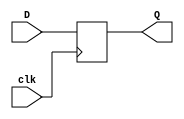
module dff (clk,Q,D);

 output Q;
 input D;
 input clk;
 reg Q=0;

 always @(posedge clk)
 begin
     Q = D;
 end
endmodule

module s386(GND,VDD,CK,v0,v1,v13_D_10,v13_D_11,v13_D_12,v13_D_6,v13_D_7,
  v13_D_8,v13_D_9,v2,v3,v4,v5,v6);
input GND,VDD,CK,v6,v5,v4,v3,v2,v1,v0;
output v13_D_12,v13_D_11,v13_D_10,v13_D_9,v13_D_8,v13_D_7,v13_D_6;

  wire v12,v13_D_5,v11,v13_D_4,v10,v13_D_3,v9,v13_D_2,v8,v13_D_1,v7,v13_D_0,
    v3bar,v6bar,v5bar,B35Bbar,B35B,B14Bbar,B14B,B34Bbar,B34B,v4bar,v11bar,
    v8bar,v7bar,v12bar,v0bar,v10bar,v9bar,v1bar,II198,Lv13_D_12,II201,
    Lv13_D_11,II204,Lv13_D_10,II207,Lv13_D_9,II210,Lv13_D_8,II213,Lv13_D_7,
    II216,Lv13_D_6,II219,Lv13_D_5,II222,Lv13_D_4,II225,Lv13_D_3,II228,Lv13_D_2,
    II231,Lv13_D_1,II234,Lv13_D_0,II64,II65,IIII114,IIII113,IIII111,IIII109,
    IIII108,IIII106,IIII105,IIII103,IIII102,IIII100,IIII98,IIII96,II89,IIII94,
    IIII93,IIII91,IIII90,II97,II98,IIII87,II104,IIII85,IIII84,IIII79,IIII77,
    IIII76,IIII74,IIII73,IIII71,IIII69,II124,B40B,IIII66,IIII65,IIII63,IIII62,
    B23B,IIII60,B42B,IIII59,B43B,IIII57,B32B,IIII56,IIII54,IIII53,B27B,IIII51,
    IIII50,B21B,IIII48,IIII47,II148,B38B,IIII44,B29B,IIII43,B30B,IIII41,B17B,
    IIII40,B16B,IIII39,II158,B39B,IIII36,B25B,B26B,IIII35,B28B,II164,B15B,
    II167,B33B,IIII31,B36B,II171,IIII30,II175,IIII28,IIII27,B44B,IIII25,B22B,
    IIII24,B24B,IIII22,B18B,IIII21,B19B,II186,B31B,IIII18,B41B,IIII17,B45B,
    II192,B37B,II195,B20B;

  dff DFF_0(CK,v12,v13_D_5);
  dff DFF_1(CK,v11,v13_D_4);
  dff DFF_2(CK,v10,v13_D_3);
  dff DFF_3(CK,v9,v13_D_2);
  dff DFF_4(CK,v8,v13_D_1);
  dff DFF_5(CK,v7,v13_D_0);
  not NOT_0(v3bar,v3);
  not NOT_1(v6bar,v6);
  not NOT_2(v5bar,v5);
  not NOT_3(B35Bbar,B35B);
  not NOT_4(B14Bbar,B14B);
  not NOT_5(B34Bbar,B34B);
  not NOT_6(v4bar,v4);
  not NOT_7(v11bar,v11);
  not NOT_8(v8bar,v8);
  not NOT_9(v7bar,v7);
  not NOT_10(v12bar,v12);
  not NOT_11(v0bar,v0);
  not NOT_12(v10bar,v10);
  not NOT_13(v9bar,v9);
  not NOT_14(v1bar,v1);
  not NOT_15(II198,Lv13_D_12);
  not NOT_16(v13_D_12,II198);
  not NOT_17(II201,Lv13_D_11);
  not NOT_18(v13_D_11,II201);
  not NOT_19(II204,Lv13_D_10);
  not NOT_20(v13_D_10,II204);
  not NOT_21(II207,Lv13_D_9);
  not NOT_22(v13_D_9,II207);
  not NOT_23(II210,Lv13_D_8);
  not NOT_24(v13_D_8,II210);
  not NOT_25(II213,Lv13_D_7);
  not NOT_26(v13_D_7,II213);
  not NOT_27(II216,Lv13_D_6);
  not NOT_28(v13_D_6,II216);
  not NOT_29(II219,Lv13_D_5);
  not NOT_30(v13_D_5,II219);
  not NOT_31(II222,Lv13_D_4);
  not NOT_32(v13_D_4,II222);
  not NOT_33(II225,Lv13_D_3);
  not NOT_34(v13_D_3,II225);
  not NOT_35(II228,Lv13_D_2);
  not NOT_36(v13_D_2,II228);
  not NOT_37(II231,Lv13_D_1);
  not NOT_38(v13_D_1,II231);
  not NOT_39(II234,Lv13_D_0);
  not NOT_40(v13_D_0,II234);
  and AND4_0(II64,v0bar,v5,v7bar,v8bar);
  and AND4_1(II65,v9,v10,v11bar,v12bar);
  and AND2_0(Lv13_D_12,II64,II65);
  and AND2_1(IIII114,v9bar,v12bar);
  and AND2_2(IIII113,v7bar,v8bar);
  and AND2_3(IIII111,v7bar,v8bar);
  and AND3_0(IIII109,v3bar,v4bar,v11bar);
  and AND2_4(IIII108,v7,v11);
  and AND4_2(IIII106,v5bar,v7bar,v11,v12);
  and AND3_1(IIII105,v2,v11bar,v12bar);
  and AND3_2(IIII103,v8,v11,v12bar);
  and AND3_3(IIII102,v8bar,v11bar,v12);
  and AND2_5(IIII100,v2,v8bar);
  and AND2_6(IIII98,v0,v5);
  and AND2_7(IIII96,v1,v9bar);
  and AND3_4(II89,v5bar,v7bar,v8bar);
  and AND3_5(IIII94,v10,v11bar,II89);
  and AND2_8(IIII93,v9bar,v10bar);
  and AND3_6(IIII91,v0,v11bar,v12bar);
  and AND2_9(IIII90,v9bar,v10bar);
  and AND4_3(II97,v0,v6bar,v7bar,v8bar);
  and AND4_4(II98,v9bar,v10,v11bar,v12bar);
  and AND2_10(Lv13_D_8,II97,II98);
  and AND4_5(IIII87,v5bar,v9,v11bar,v12bar);
  and AND3_7(II104,v2,v3,v8);
  and AND3_8(IIII85,v11bar,v12bar,II104);
  and AND3_9(IIII84,v8bar,v11,v12);
  and AND2_11(IIII79,v11bar,v12bar);
  and AND3_10(IIII77,v0,v8bar,v10);
  and AND4_6(IIII76,v1bar,v4,v10bar,B34Bbar);
  and AND3_11(IIII74,v7,v8bar,v11);
  and AND3_12(IIII73,v4bar,v11bar,B34Bbar);
  and AND3_13(IIII71,v4bar,v11bar,B34Bbar);
  and AND2_12(IIII69,v7,v11bar);
  and AND4_7(II124,B40B,v1,v7bar,v8bar);
  and AND4_8(Lv13_D_10,v9,v11bar,v12bar,II124);
  and AND2_13(IIII66,v4,v7);
  and AND2_14(IIII65,B35B,B34B);
  and AND3_14(IIII63,v9bar,v10bar,v12bar);
  and AND3_15(IIII62,B23B,v7bar,v8bar);
  and AND2_15(IIII60,v1,B42B);
  and AND3_16(IIII59,B43B,v8,v12bar);
  and AND2_16(IIII57,B32B,v7bar);
  and AND3_17(IIII56,v11,v12bar,B14Bbar);
  and AND3_18(IIII54,v0bar,v9bar,v10bar);
  and AND2_17(IIII53,B27B,v1);
  and AND3_19(IIII51,v9bar,v10bar,v12bar);
  and AND3_20(IIII50,B21B,v7bar,v8bar);
  and AND2_18(IIII48,B14B,v11);
  and AND3_21(IIII47,v4bar,v11bar,B34Bbar);
  and AND3_22(II148,B38B,v0,v1bar);
  and AND4_9(Lv13_D_7,v9bar,v10bar,v12bar,II148);
  and AND2_19(IIII44,v8bar,B29B);
  and AND2_20(IIII43,B30B,v12bar);
  and AND3_23(IIII41,v4,v11bar,B17B);
  and AND3_24(IIII40,v3,v8,B16B);
  and AND4_10(IIII39,v5,v7,v8bar,v11);
  and AND3_25(II158,B39B,v7bar,v9bar);
  and AND3_26(Lv13_D_9,v11bar,v12bar,II158);
  and AND4_11(IIII36,v7bar,v8bar,B25B,B26B);
  and AND2_21(IIII35,B28B,v12bar);
  and AND3_27(II164,B15B,v0,v1bar);
  and AND4_12(Lv13_D_0,v9bar,v10bar,v12bar,II164);
  and AND3_28(II167,B33B,v0,v1bar);
  and AND3_29(Lv13_D_5,v9bar,v10bar,II167);
  and AND3_30(IIII31,B36B,v11bar,v12bar);
  and AND3_31(II171,v5,v7bar,v8bar);
  and AND3_32(IIII30,v11,v12,II171);
  and AND3_33(II175,v0,v7bar,v8bar);
  and AND4_13(IIII28,v10,v11bar,v12bar,II175);
  and AND2_22(IIII27,B44B,v10bar);
  and AND2_23(IIII25,v0bar,B22B);
  and AND2_24(IIII24,B24B,v1);
  and AND2_25(IIII22,v7bar,B18B);
  and AND2_26(IIII21,B19B,v12bar);
  and AND3_34(II186,B31B,v0,v1bar);
  and AND3_35(Lv13_D_4,v9bar,v10bar,II186);
  and AND3_36(IIII18,v0bar,v10bar,B41B);
  and AND2_27(IIII17,B45B,v9bar);
  and AND3_37(II192,B37B,v0,v1bar);
  and AND3_38(Lv13_D_6,v9bar,v10bar,II192);
  and AND3_39(II195,B20B,v0,v1bar);
  and AND3_40(Lv13_D_1,v9bar,v10bar,II195);
  or OR2_0(B41B,IIII113,IIII114);
  or OR2_1(B42B,IIII111,v12bar);
  or OR2_2(B43B,IIII108,IIII109);
  or OR2_3(B29B,IIII105,IIII106);
  or OR2_4(B18B,IIII102,IIII103);
  or OR2_5(B17B,v7,IIII100);
  or OR2_6(B40B,IIII98,v10bar);
  or OR2_7(B26B,v0bar,IIII96);
  or OR2_8(B27B,IIII93,IIII94);
  or OR2_9(B23B,IIII90,IIII91);
  or OR2_10(B21B,v10bar,IIII87);
  or OR2_11(B32B,IIII84,IIII85);
  or OR2_12(B34B,v8bar,v3);
  or OR2_13(B14B,v7bar,v8bar);
  or OR2_14(B35B,v2,v7);
  or OR2_15(B25B,v10bar,IIII79);
  or OR2_16(B39B,IIII76,IIII77);
  or OR2_17(B38B,IIII73,IIII74);
  or OR2_18(B30B,IIII71,v7);
  or OR2_19(B16B,B35Bbar,IIII69);
  or OR2_20(B36B,IIII65,IIII66);
  or OR2_21(B24B,IIII62,IIII63);
  or OR2_22(B44B,IIII59,IIII60);
  or OR2_23(B33B,IIII56,IIII57);
  or OR2_24(B28B,IIII53,IIII54);
  or OR2_25(B22B,IIII50,IIII51);
  or OR2_26(B15B,IIII47,IIII48);
  or OR2_27(B31B,IIII43,IIII44);
  or OR3_0(B19B,IIII39,IIII40,IIII41);
  or OR2_28(Lv13_D_3,IIII35,IIII36);
  or OR2_29(B37B,IIII30,IIII31);
  or OR2_30(B45B,IIII27,IIII28);
  or OR2_31(Lv13_D_2,IIII24,IIII25);
  or OR2_32(B20B,IIII21,IIII22);
  or OR2_33(Lv13_D_11,IIII17,IIII18);

endmodule